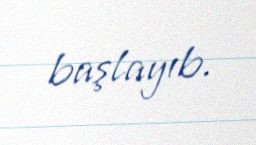
başlayıb.